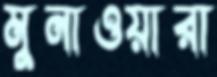
মুনাওয়ারা